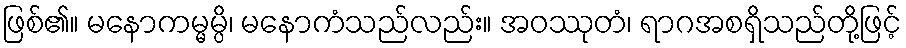
ဖြစ်၏။ မနောကမ္မမ္ပိ၊ မနောကံသည်လည်း။ အဝဿုတံ၊ ရာဂအစရှိသည်တို့ဖြင့်